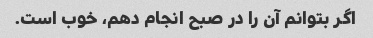
اگر بتوانم آن را در صبح انجام دهم، خوب است.